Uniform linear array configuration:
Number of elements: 12
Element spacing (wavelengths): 0.75
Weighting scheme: exponential
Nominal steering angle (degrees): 15
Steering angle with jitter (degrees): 14.659
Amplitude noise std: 0.05
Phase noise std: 0.05

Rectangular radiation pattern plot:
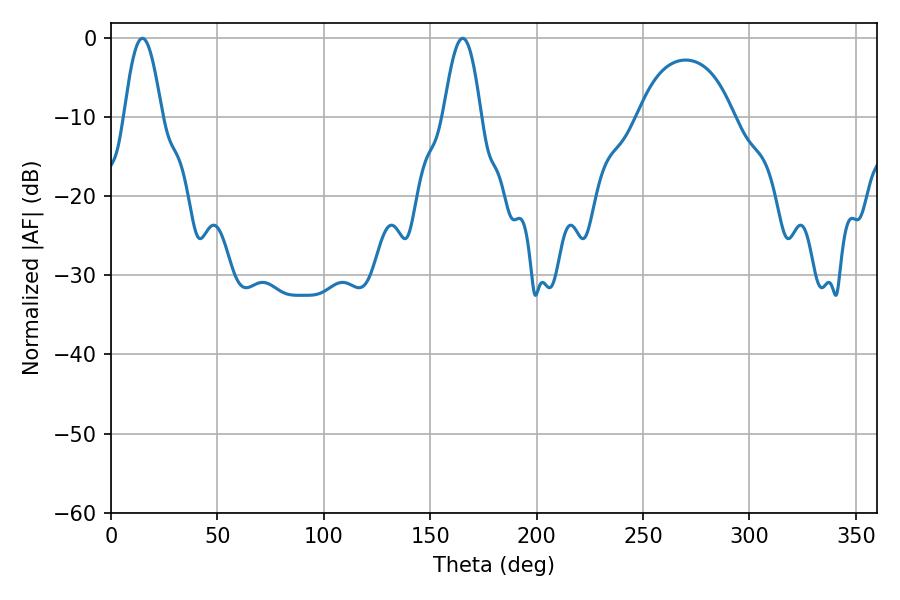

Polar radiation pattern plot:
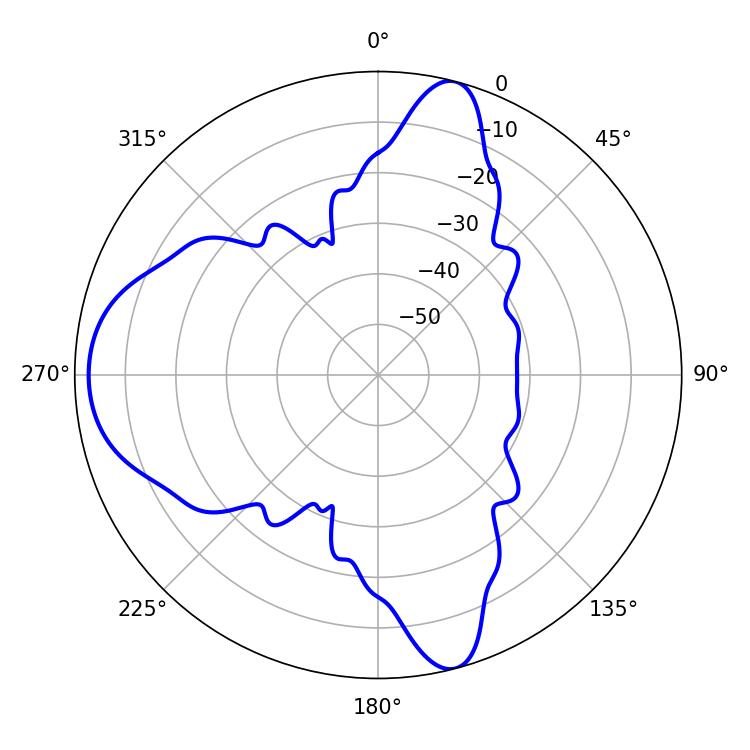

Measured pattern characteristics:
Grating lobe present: TRUE
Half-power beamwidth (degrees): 9.54
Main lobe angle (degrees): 14.76